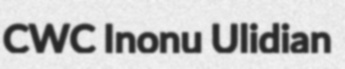
CWC Inonu Ulidian